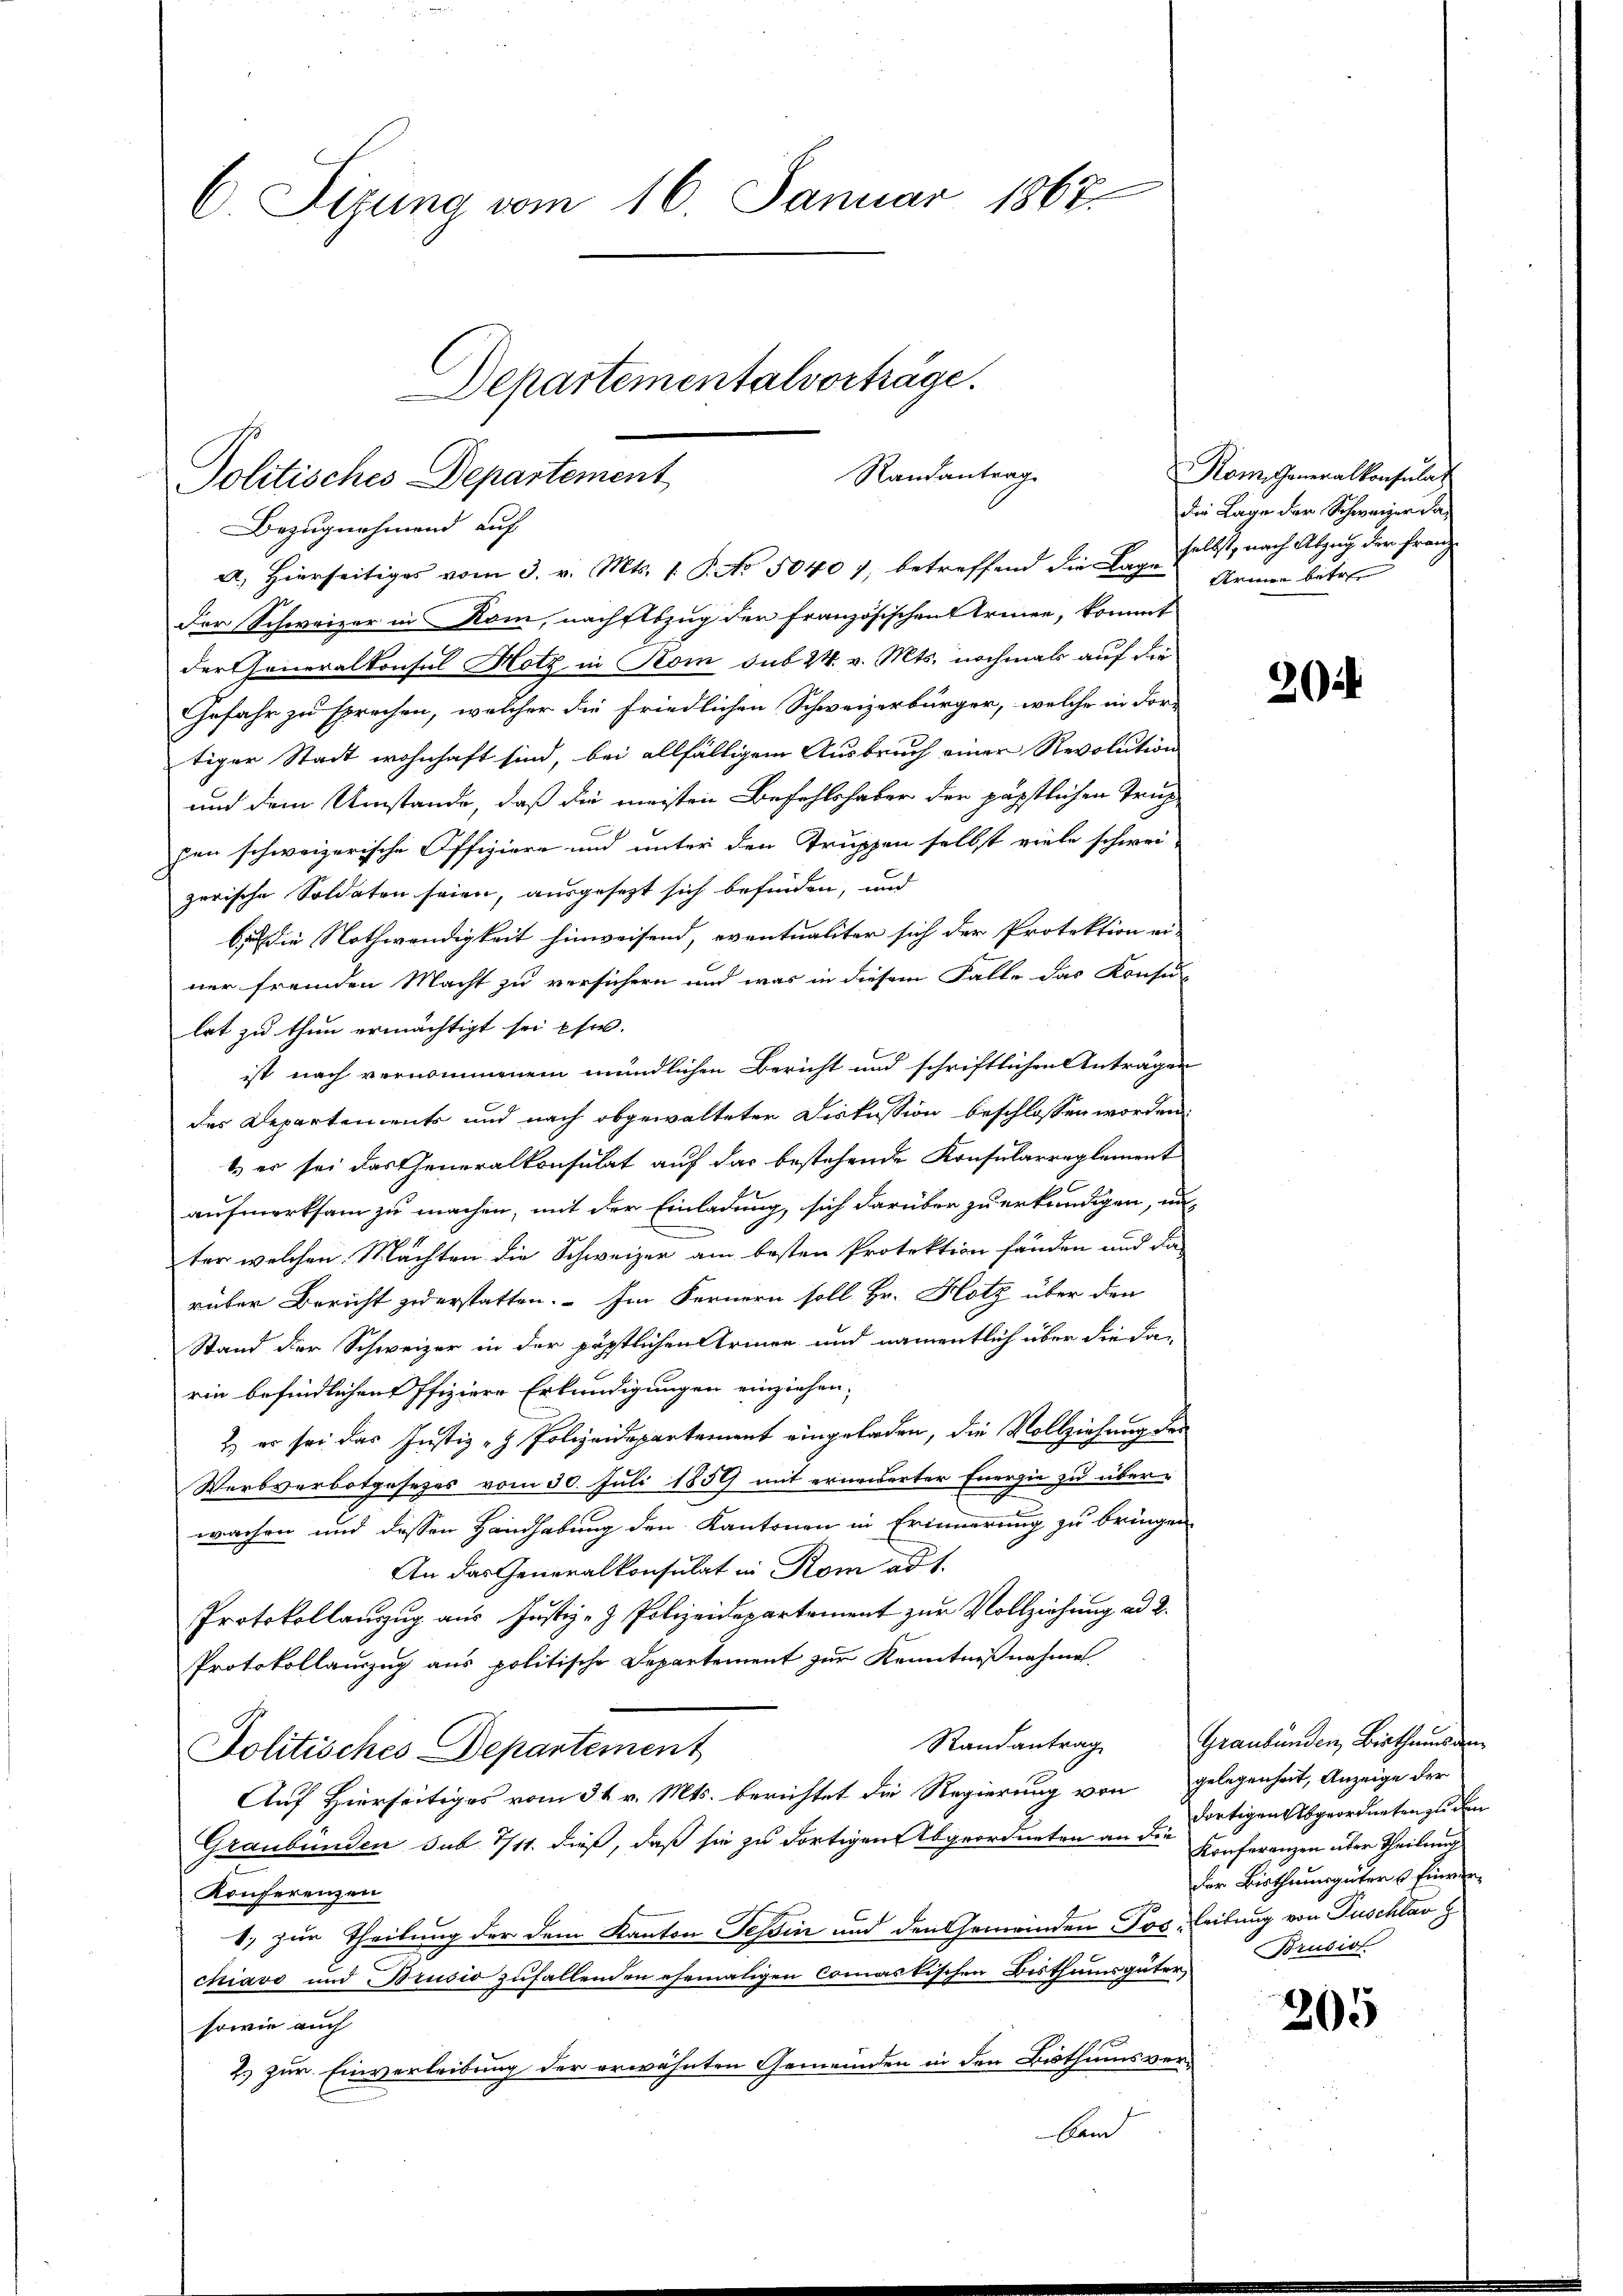
Randantrag
Politisches Departement
Bezugnahmend auf
A. Hierseitiges vom 3. v. Mts. 1. P. No 1040 7, betreffend die Lage Armen betre

C. Sizung vom 16. Januar 1867.
Departementalvorträge.

Der Schweizer in Rom, nächftszug der Französischen Armee, kommt
der Generalkonsul Hotz in Kom sub 24. v. Mts. nochmals auf die
Gefahr zu sprechen, welcher die friedlichen Schweizerbürger, welche in dor-
tiger Stadt wohnhaft sind, bei allfälligem Ausbruch einer Revolution
und dem Umstände, daß die meisten Befehlshaber der päpstlichen Trühpen schweizerische Offiziere und unter den Truppen selbst viele schwei-
zerische Soldaten seien, ausgesezt sich befinden, und
 die Nothwendigkeit hinweisend, eventualiter sich der Protektion ei-
ner fremden Macht zu versichern und was in diesem Falle das Konfe
lat zu thun ermächtigt sei pfw.
ist nach vernommenem mündlichen Bericht und schriftlichen Anträgen
des Departements und nach abgewalteter Diskussion beschlossen worden.
1. er sei das Generalkonsulat auf das bestehende Konsularreglement
aufmerksam zu machen, mit der Einladung, sich darüber zu erkundigen, un
ter welchen Machten die Schweizer am besten Protektion fänden und da
rüber Bericht zu erstatten. – Im Fernern soll. Hr. Hotz über den
Stand der Schweizer in der päpstlichen Armen und namentlich über die da-
rin befindlichen Pfiziere Erkundigungen einziehen.
2) es sei das Justiz- & Polizeidepartement eingeladen, die Vollziehung des
Werbverbotgesezes vom 30. Juli 1859 mit erneuerter Energie zu über-
wachen und dessen Handhabung den Kantonen in Erinnerung zu bringen
An das Generalkonsulat in Rom ad 1.
Protokollauszug aus Justiz- & Polizeidepartement zur Vollziehung ad 2.
Protokollauszug aus politische Departement zur Kenntnißnahme
Politisches Departement
Auf Hierseitiges vom 31. v. Mts. berichtet die Regierung von
Graubünden sub. 7/11. dieß, daß sie zu dortigen Abgeordneten an die dortigen Abgeordneten zu den
Konferenzen
1) zur Theilung der dem Kanton Tessin und den Gemeinden Pos, Leitung von Puschlav G
chiavo und Brusio zufallenden ehemaligen Commastischen Bisthumsgüter,
sowie auch
2. zur Einverleibung der erwähnten Gemeinden in den Bisthumsver-
Aam

Kom. Generalkonsulat
die Lage der Schweizer daselbst, nach Abzug der Franz

2

Randantrag Graubünden Bisthasar
gelegenheit, Anzeige der
Konferenzen über Theilung
der Bisthumsgüter Einwen¬
Brusio

205